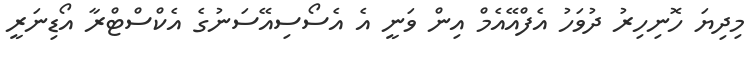
މިދިޔަ ހޮނިހިރު ދުވަހު އެފްއޭއެމް އިން ވަނީ އެ އެސޯސިއޭސަނުގެ އެކްސްޓްރާ އޯޑިނަރީ